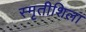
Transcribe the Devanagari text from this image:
स्मृतीशिला